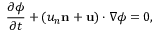
\frac { { \partial \phi } } { { \partial t } } + \left( { { u _ { n } } { \bf { n } } + { \bf { u } } } \right) \cdot \nabla \phi = 0 ,